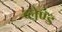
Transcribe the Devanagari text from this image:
ब्लेण्ड